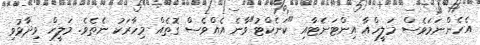
އެހެންނަމަވެސް މަލީހްއާ އިންޓަނެޓާއި "ކަނެކްޓު"ވާނެ އެއްވެސް ގޮތެއް މިހާރަކު ނެތެވެ. މަލީހް ވިދާޅުވި